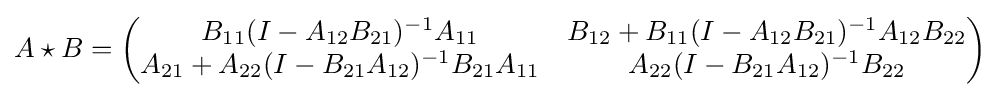
A\star B={\begin{pmatrix}B_{11}(I-A_{12}B_{21})^{-1}A_{11}&B_{12}+B_{11}(I-A_{12}B_{21})^{-1}A_{12}B_{22}\\A_{21}+A_{22}(I-B_{21}A_{12})^{-1}B_{21}A_{11}&A_{22}(I-B_{21}A_{12})^{-1}B_{22}\end{pmatrix}}